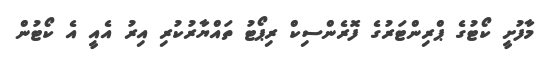
މާފުށީ ކޯޓުގެ ޕްރިންޓަރުގެ ފޮރެންސިކް ރިޕޯޓު ތައްޔާރުކުރި އިރު އެއީ އެ ކޯޓުން